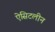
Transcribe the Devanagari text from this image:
ऐसिटलीन